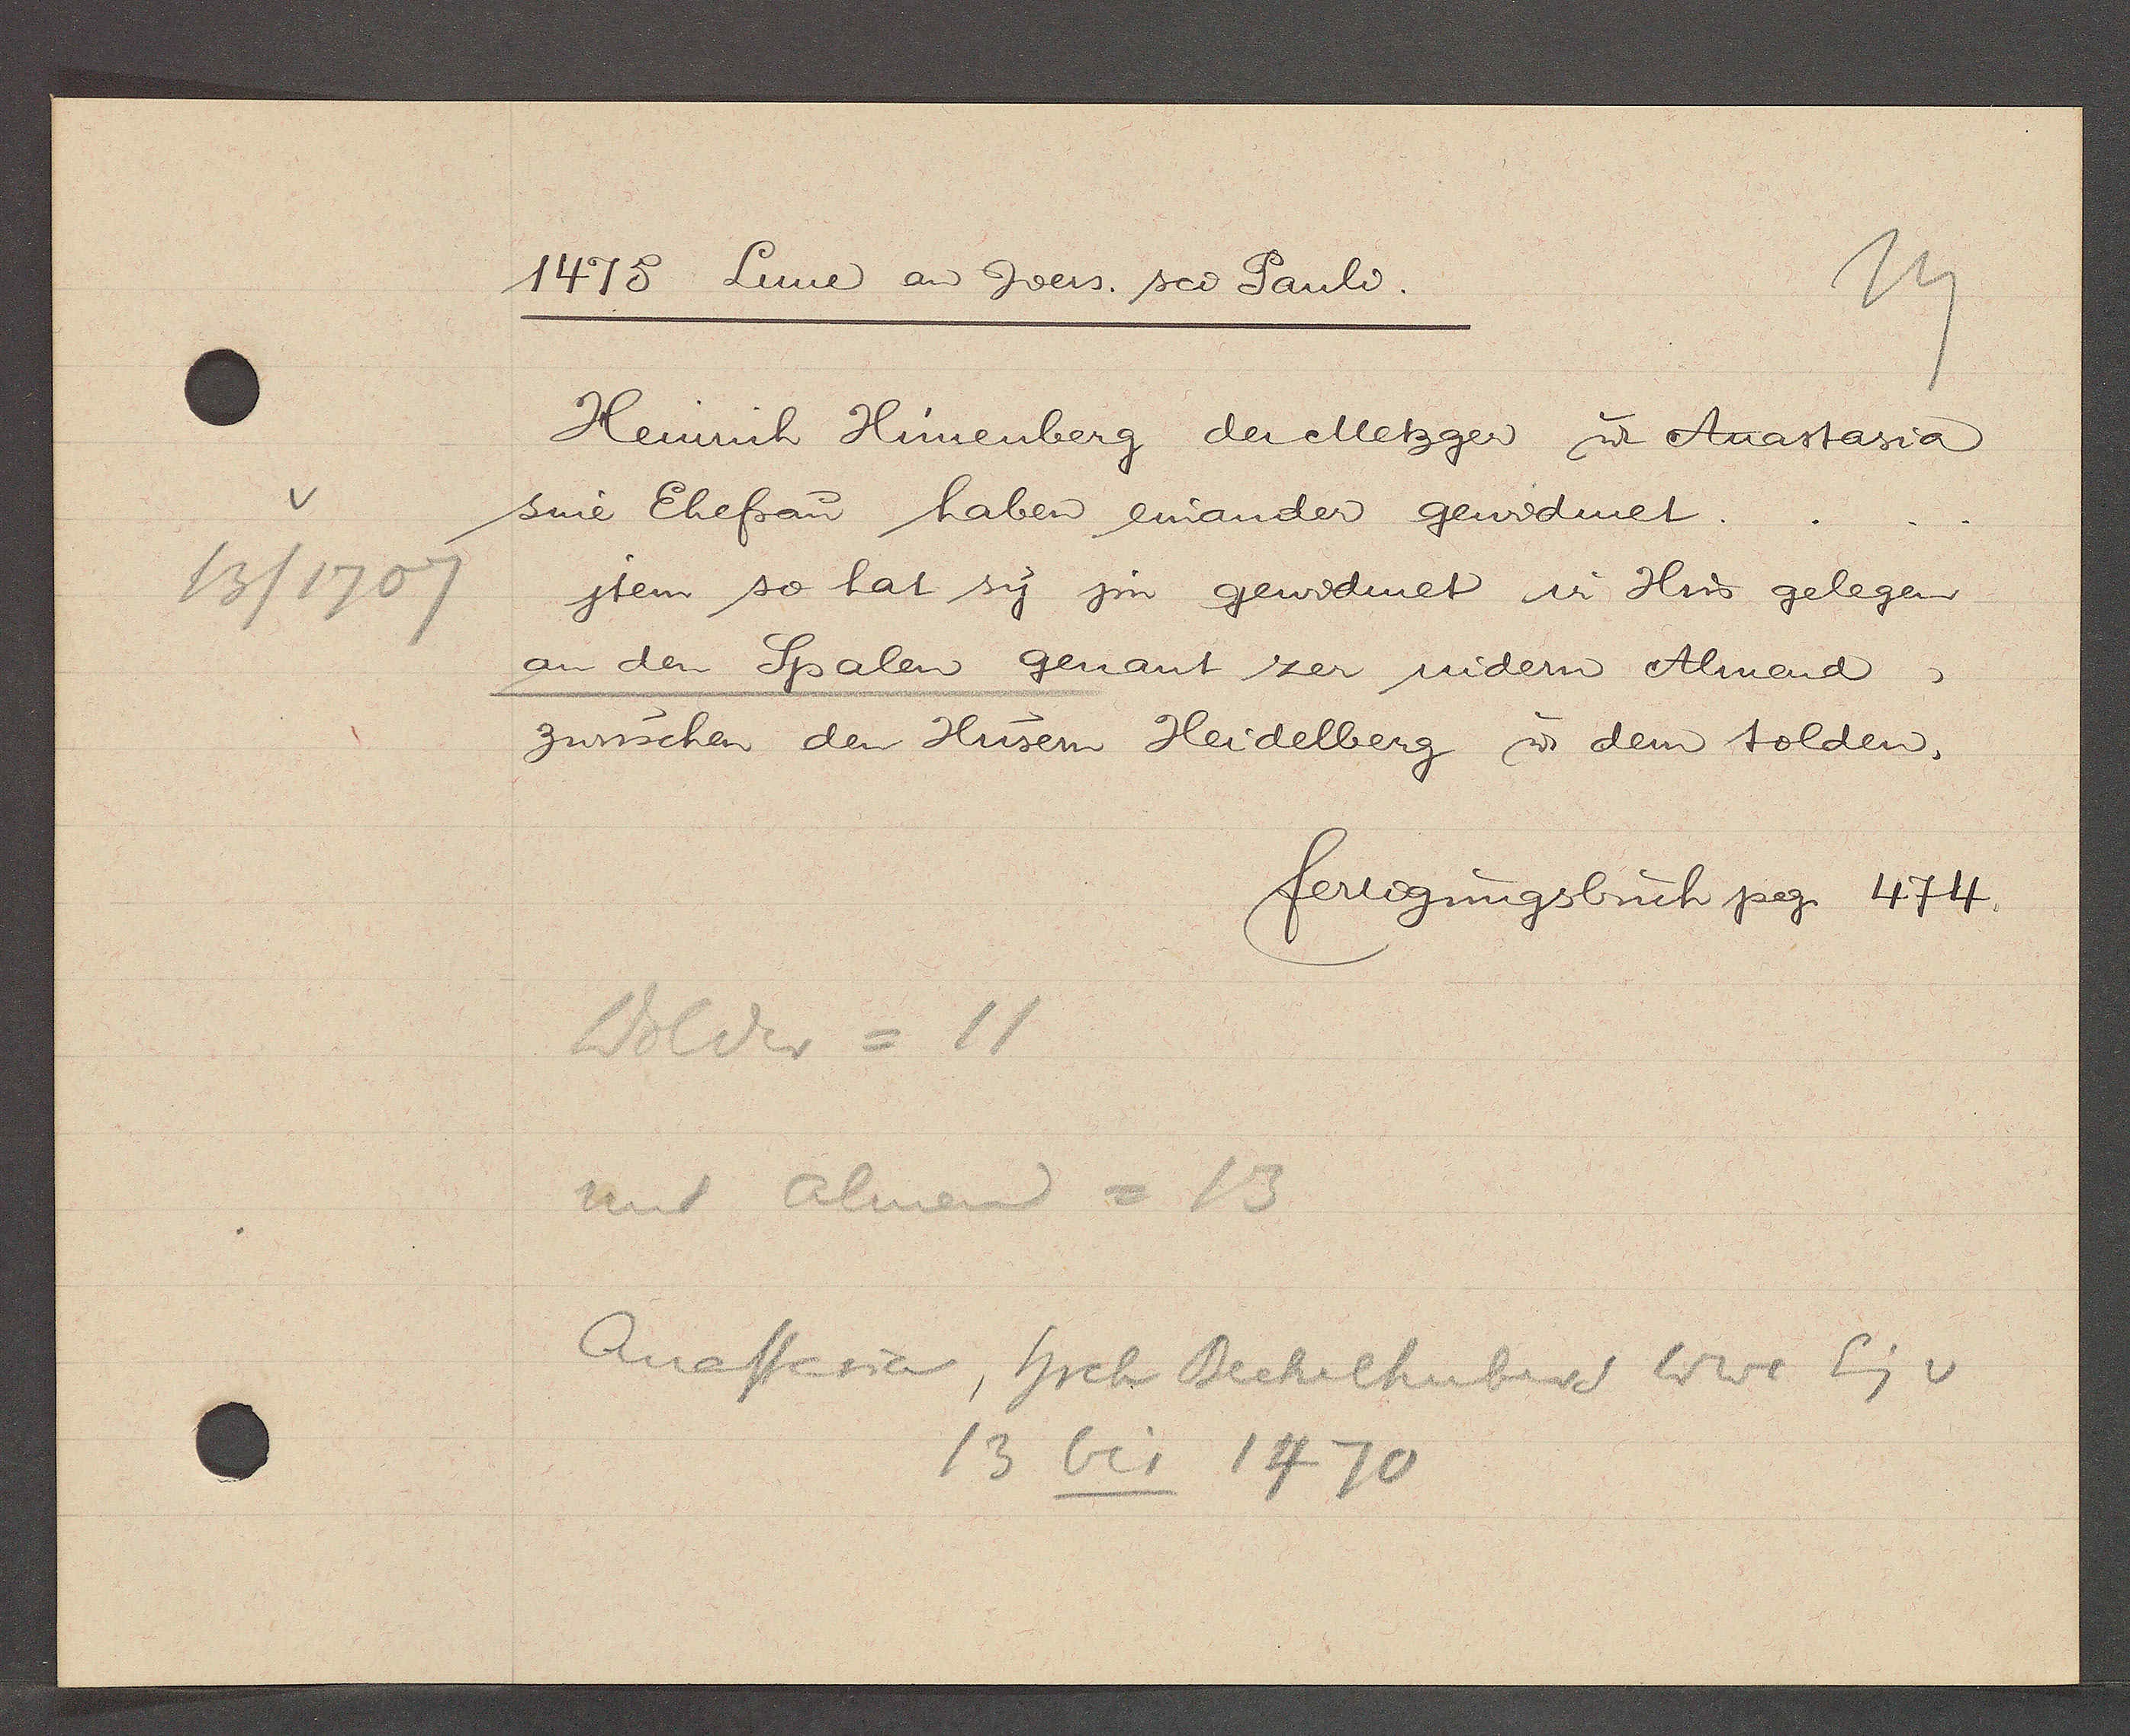
Transcript:
13/1707

1475 Lune aȵ cvers sci Pauli.

Heinrich Hunenberg der Metzger u. Anastasia
sine Ehefrau haben einander gewidmet
jtem so hat sy jm gewidmet ir Hus gelegen
an den Spalen genant zer nidern Almend
zwüschen den Hüsern Heidelberg u. dem solden.

fertigungsbuch pg. 474.

Wolder = 11
unt almend = 13
Anastasia, hrch Beckelhubers Wwe Eig v
13 bis 1470